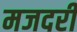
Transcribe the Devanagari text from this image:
मजदरी